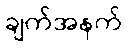
ချက်အနက်